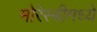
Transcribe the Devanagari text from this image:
मोरेस्बीमध्ये